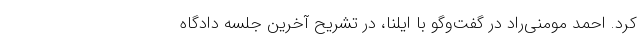
کرد. احمد مومنی‌راد در گفت‌‌و‌گو با ایلنا، در تشریح آخرین جلسه دادگاه